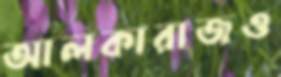
আলকারাজও